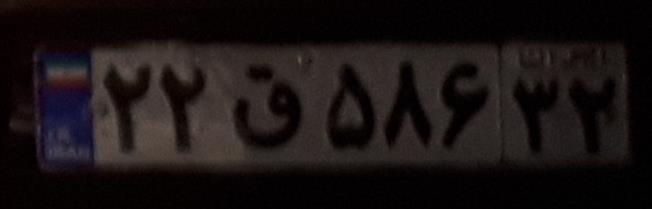
۲۲ق۵۸۶۳۲